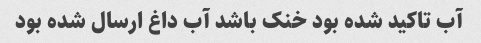
آب تاکید شده بود خنک باشد آب داغ ارسال شده بود